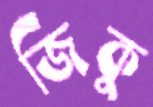
জিকু